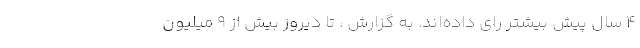
4 سال پیش بیشتر رای داده‌اند. به گزارش ، تا دیروز بیش از 9 میلیون